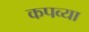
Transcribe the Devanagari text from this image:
कपव्या